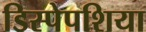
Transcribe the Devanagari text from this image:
डिस्पेपशिया